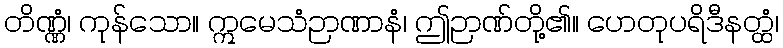
တိဏ္ဏံ၊ ကုန်သော။ ဣမေသံဉာဏာနံ၊ ဤဉာဏ်တို့၏။ ဟေတုပရိဒီနတ္ထံ၊